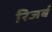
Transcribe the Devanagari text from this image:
रिजर्ब